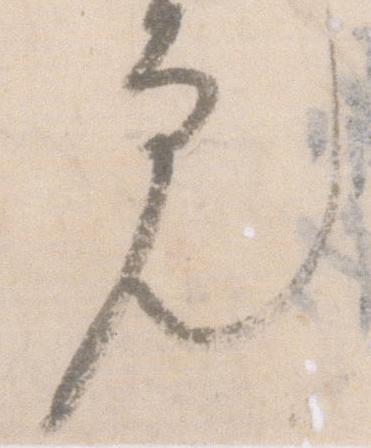
ん